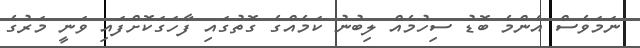
ނަމަވެސް އެންމެ ބޮޑު ސިހުމެއް ލިބުނު ކަމެއްގެ ގޮތުގައި ފާހަގަކޮށްފައި ވަނީ މަރުގެ